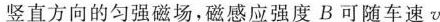
竖直方向的匀强磁场，磁感应强度B可随车速v